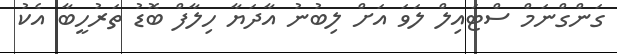
ގަންގްނަމް ސްޓައިލް ލަވަ އަށް ލިބުނު އާދަޔާ ހިލާފް ބޮޑު ތަރުހީބާ އެކު